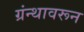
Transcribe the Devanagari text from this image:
ग्रंन्थावरून